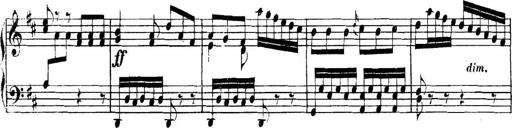
Title: Collected Piano Sonatas
Composer: Muzio Clementi